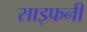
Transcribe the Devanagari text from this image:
साइफनी